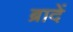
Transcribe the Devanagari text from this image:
ब्रादें